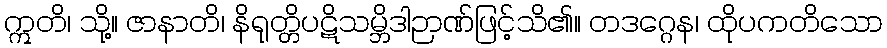
ဣတိ၊ သို့။ ဇာနာတိ၊ နိရုတ္တိပဋိသမ္ဘိဒါဉာဏ်ဖြင့်သိ၏။ တဒဂ္ဂေန၊ ထိုပကတိသော